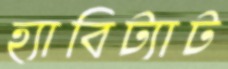
হ্যাবিট্যাট